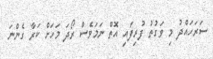
ސަރަހައްދު މި ވަގުތު ފުރިފައި އޮތް ނަމަވެސް ރޯދަ މަހަށް ކަރާ ގެންނަ